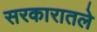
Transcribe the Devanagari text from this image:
सरकारातले